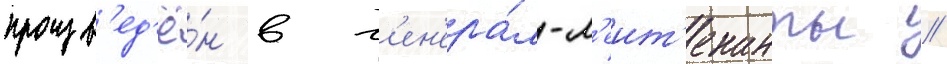
произв'ед'ё́н в г'ен'ера́л-л'еит'енанты //